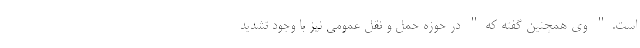
است." وی همچنین گفته که" در حوزه حمل و نقل عمومی نیز با وجود تشدید